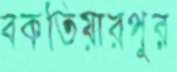
বকতিয়ারপুর